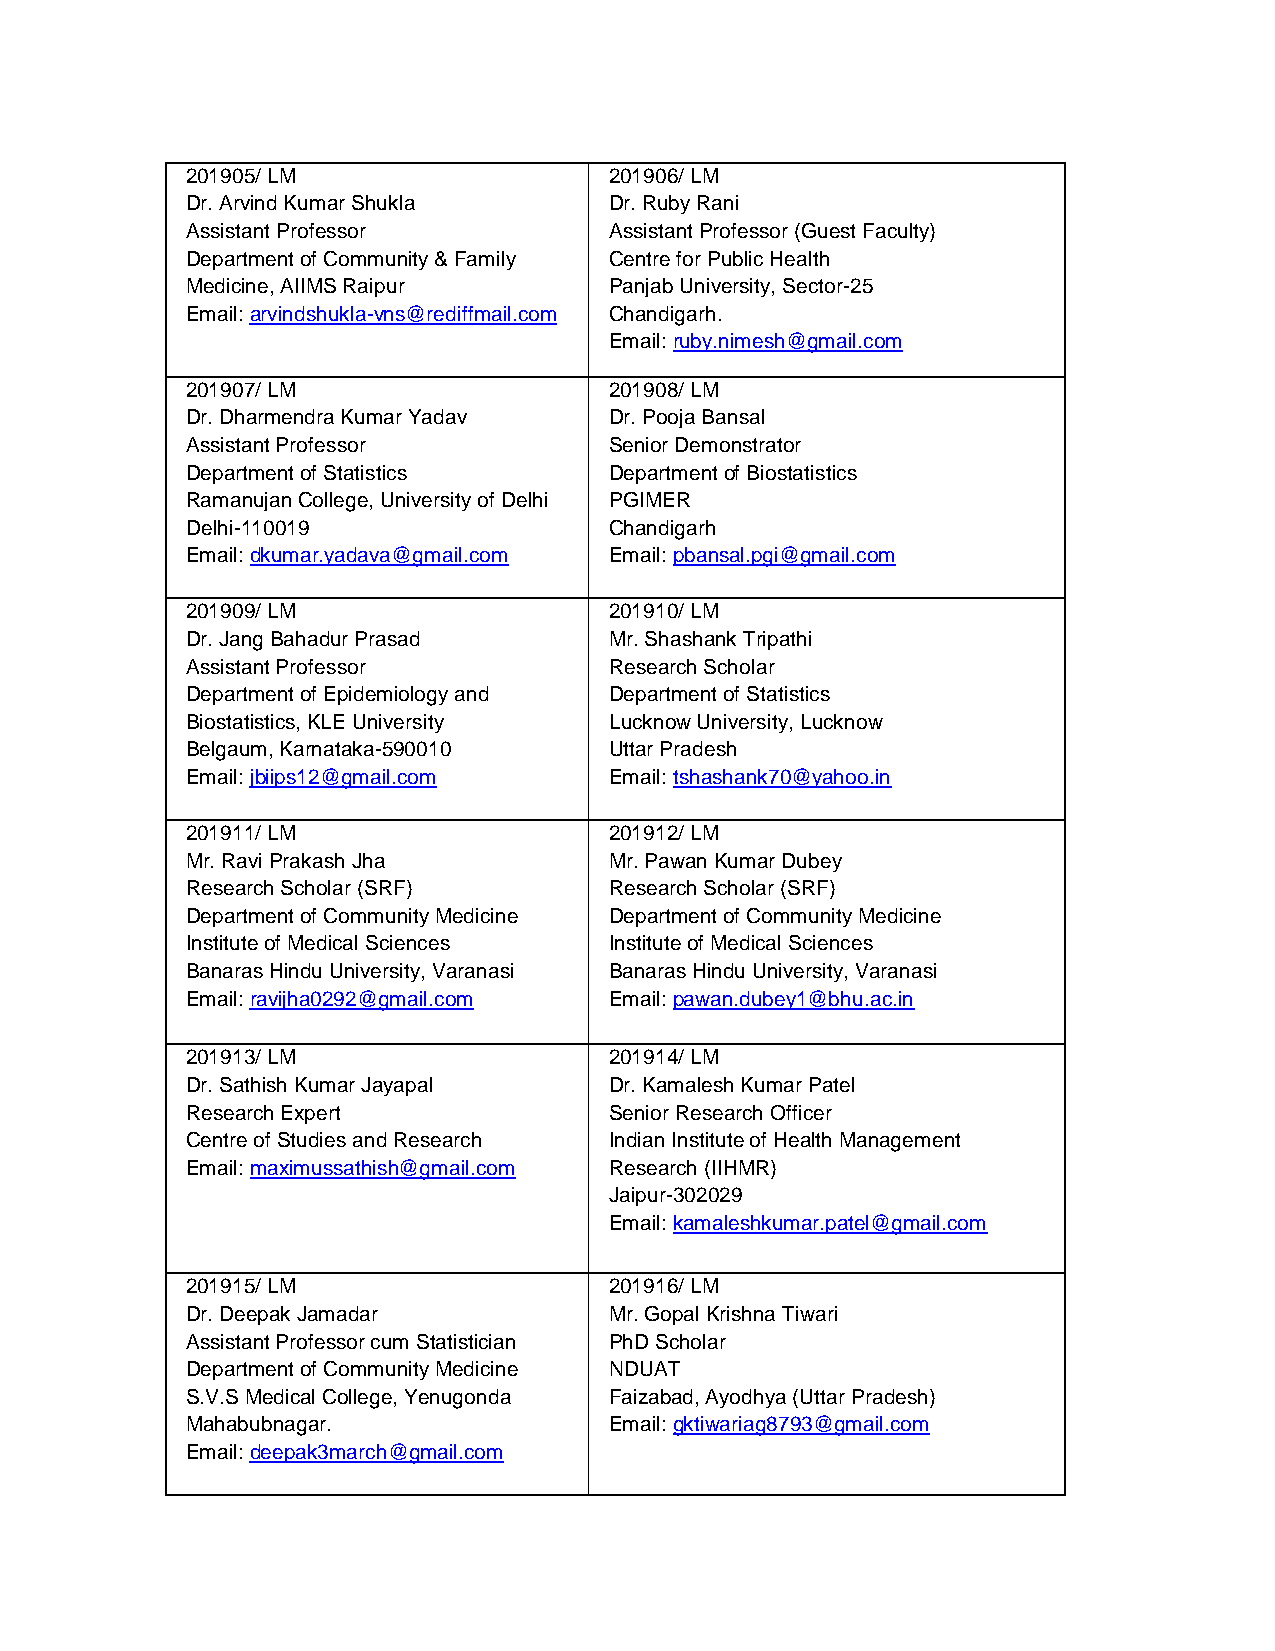
201905/ LM                  201906/ LM
 Dr. Arvind Kumar Shukla     Dr. Ruby Rani
 Assistant Professor         Assistant Professor (Guest Faculty)
 Department of Community & Family Centre for Public Health
 Medicine, AIIMS Raipur      Panjab University, Sector-25
 Email: arvindshukla-vns@rediffmail.com Chandigarh.
 Email: ruby.nimesh@gmail.com
 201907/ LM                  201908/ LM
 Dr. Dharmendra Kumar Yadav  Dr. Pooja Bansal
 Assistant Professor         Senior Demonstrator
 Department of Statistics    Department of Biostatistics
 Ramanujan College, University of Delhi PGIMER
 Delhi-110019                Chandigarh
 Email: dkumar.yadava@gmail.com Email: pbansal.pgi@gmail.com
 201909/ LM                  201910/ LM
 Dr. Jang Bahadur Prasad     Mr. Shashank Tripathi
 Assistant Professor         Research Scholar
 Department of Epidemiology and Department of Statistics
 Biostatistics, KLE University Lucknow University, Lucknow
 Belgaum, Karnataka-590010   Uttar Pradesh
 Email: jbiips12@gmail.com   Email: tshashank70@yahoo.in
 201911/ LM                  201912/ LM
 Mr. Ravi Prakash Jha        Mr. Pawan Kumar Dubey
 Research Scholar (SRF)      Research Scholar (SRF)
 Department of Community Medicine Department of Community Medicine
 Institute of Medical Sciences Institute of Medical Sciences
 Banaras Hindu University, Varanasi Banaras Hindu University, Varanasi
 Email: ravijha0292@gmail.com Email: pawan.dubey1@bhu.ac.in
 201913/ LM                  201914/ LM
 Dr. Sathish Kumar Jayapal   Dr. Kamalesh Kumar Patel
 Research Expert             Senior Research Officer
 Centre of Studies and Research Indian Institute of Health Management
 Email: maximussathish@gmail.com Research (IIHMR)
 Jaipur-302029
 Email: kamaleshkumar.patel@gmail.com
 201915/ LM                  201916/ LM
 Dr. Deepak Jamadar          Mr. Gopal Krishna Tiwari
 Assistant Professor cum Statistician PhD Scholar
 Department of Community Medicine NDUAT
 S.V.S Medical College, Yenugonda Faizabad, Ayodhya (Uttar Pradesh)
 Mahabubnagar.               Email: gktiwariag8793@gmail.com
 Email: deepak3march@gmail.com